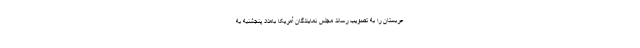
عربستان را به تصویب رساند مجلس نمایندگان آمریکا بامداد پنجشنبه به